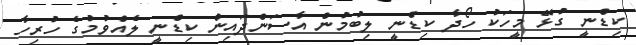
ކިޑްނީ ގުޅޭ މީހަކު ހޯދާ ކިޑްނީ ލިބުމުން އާސަންދައިން ކިޑްނީ ލެއްވުމުގެ ހުރިހާ